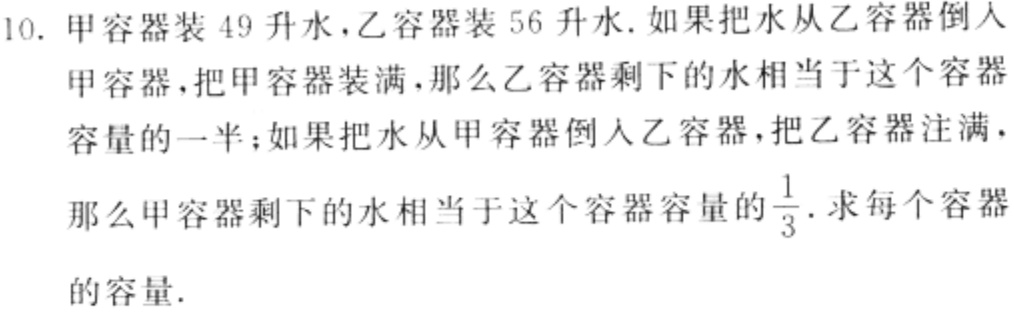
10. 甲容器装 49 升水，乙容器装 56 升水. 如果把水从乙容器倒入甲容器，把甲容器装满，那么乙容器剩下的水相当于这个容器容量的一半；如果把水从甲容器倒入乙容器，把乙容器注满，那么甲容器剩下的水相当于这个容器容量的$\frac{1}{3}$. 求每个容器的容量.